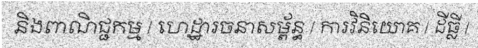
និងពាណិជ្ជកម្ម / ហេដ្ឋារចនាសម្ព័ន្ធ / ការវិនិយោគ / ដីធ្លី /